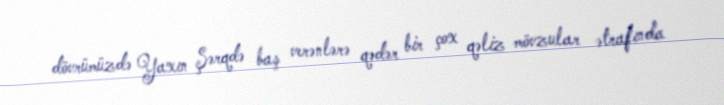
dövrümüzdə Yaxın Şərqdə baş verənlərə qədər bir çox qəliz mövzular ətrafında